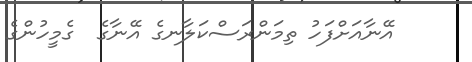
އޭނާއަށްފަހު ތިމަންރަސްކަލާނގެ އޭނާގެ  ގެމީހުންގެ